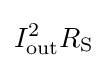
I_{\text{out}}^{2}R_{\text{S}}